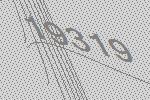
19319